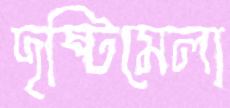
দৃষ্টিমেলা